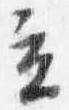
立